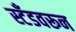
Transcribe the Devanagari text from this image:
स्टँडवरून